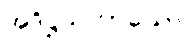
အဒိဋ္ဌသဟာယော